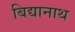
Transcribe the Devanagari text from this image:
बिद्यानाथ